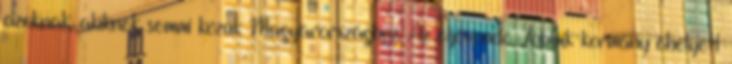
azoknak, akiknek semmi közük Magyarországhoz. Az eljövendő Jobbik-kormány ehelyett